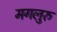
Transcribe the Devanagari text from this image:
मगलुरु